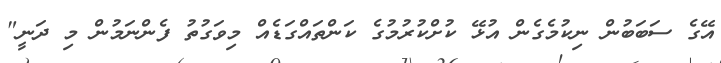
އޭގެ ސަބަބުން ނިކުމެގެން އުޅޭ ކުށްކުރުމުގެ ކަންތައްގަޑެއް މިވަގުތު ފެންނަމުން މި ދަނީ"